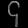
Digit: ၄